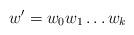
LaTeX: \begin{align*}w'=w_0w_1\ldots w_k\end{align*}